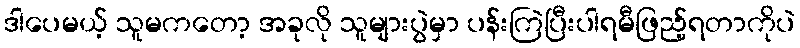
ဒါပေမယ့် သူမကတော့ အခုလို သူများပွဲမှာ ပန်းကြဲပြီးပါရမီဖြည့်ရတာကိုပဲ